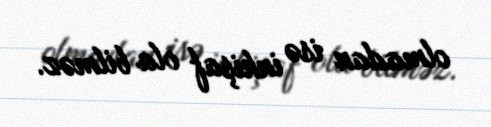
olmadan isə inkişaf ola bilməz.